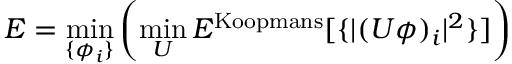
E = \operatorname* { m i n } _ { \{ \phi _ { i } \} } \left( \operatorname* { m i n } _ { U } E ^ { \mathrm { K o o p m a n s } } [ \{ | ( U \phi ) _ { i } | ^ { 2 } \} ] \right)